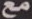
مع